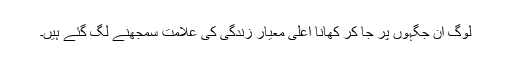
لوگ ان جگہوں پر جا کر کھانا اعلٰی معیار زندگی کی علامت سمجھنے لگ گئے ہیں۔